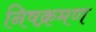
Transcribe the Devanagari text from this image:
निषक्रमण